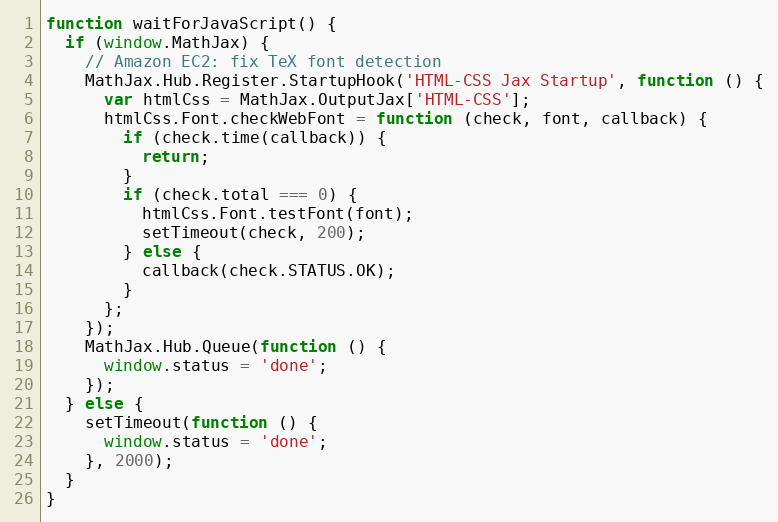
Language: JavaScript
function waitForJavaScript() {
  if (window.MathJax) {
    // Amazon EC2: fix TeX font detection
    MathJax.Hub.Register.StartupHook('HTML-CSS Jax Startup', function () {
      var htmlCss = MathJax.OutputJax['HTML-CSS'];
      htmlCss.Font.checkWebFont = function (check, font, callback) {
        if (check.time(callback)) {
          return;
        }
        if (check.total === 0) {
          htmlCss.Font.testFont(font);
          setTimeout(check, 200);
        } else {
          callback(check.STATUS.OK);
        }
      };
    });
    MathJax.Hub.Queue(function () {
      window.status = 'done';
    });
  } else {
    setTimeout(function () {
      window.status = 'done';
    }, 2000);
  }
}